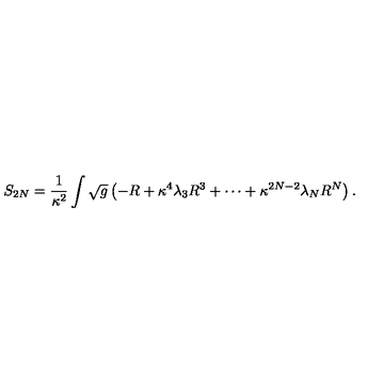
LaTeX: S _ { 2 N } = \frac { 1 } { \kappa ^ { 2 } } \int \sqrt { g } \left( - R + \kappa ^ { 4 } \lambda _ { 3 } R ^ { 3 } + \cdots + \kappa ^ { 2 N - 2 } \lambda _ { N } R ^ { N } \right) .